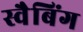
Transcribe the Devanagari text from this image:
स्वैबिंग